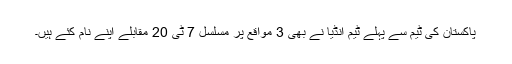
پاکستان کی ٹیم سے پہلے ٹیم انڈیا نے بھی 3 مواقع پر مسلسل 7 ٹی 20 مقابلے اپنے نام کئے ہیں۔